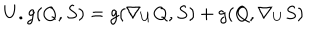
U . g ( Q , S ) = g ( \nabla _ { U } Q , S ) + g ( Q , \nabla _ { U } S )